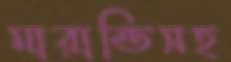
মারান্ডিসহ